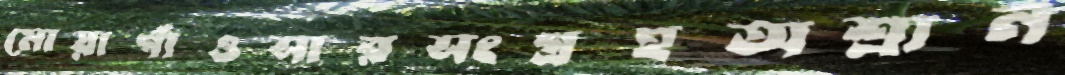
মোয়াগাঁওসারসংগ্রহঅশ্রান